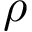
\rho